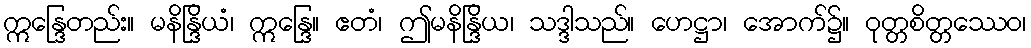
ဣန္ဒြေတည်း။ မနိန္ဒြိယံ၊ ဣန္ဒြေ။ ဧတံ၊ ဤမနိန္ဒြိယ၊ သဒ္ဒါသည်။ ဟေဋ္ဌာ၊ အောက်၌။ ဝုတ္တစိတ္တဿေဝ၊